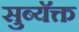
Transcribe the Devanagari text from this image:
सुब्यॅक्त